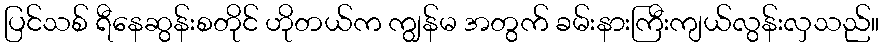
ပြင်သစ် ရီနေဆွန်းစတိုင် ဟိုတယ်က ကျွန်မ အတွက် ခမ်းနားကြီးကျယ်လွန်းလှသည်။